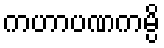
ကဟာပဏကမ္ပိ